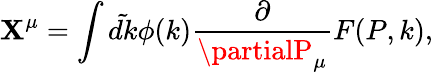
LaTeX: \mathbf{X}^{\mu}=\int\tilde{{dk}}\phi(k){\frac{{\partial}}{{{\partialP_{\mu}}}}}F(P,k),